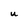
Character: U